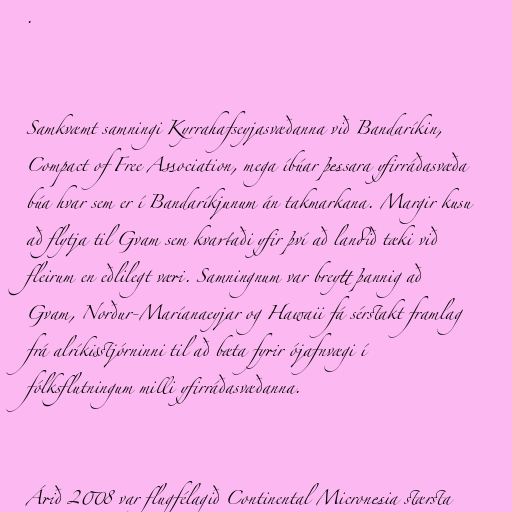
.

Samkvæmt samningi Kyrrahafseyjasvæðanna við Bandaríkin,
Compact of Free Association, mega íbúar þessara yfirráðasvæða
búa hvar sem er í Bandaríkjunum án takmarkana. Margir kusu
að flytja til Gvam sem kvartaði yfir því að landið tæki við
fleirum en eðlilegt væri. Samningnum var breytt þannig að
Gvam, Norður-Maríanaeyjar og Hawaii fá sérstakt framlag
frá alríkisstjórninni til að bæta fyrir ójafnvægi í
fólksflutningum milli yfirráðasvæðanna.

Árið 2008 var flugfélagið Continental Micronesia stærsta